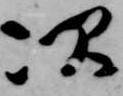
次